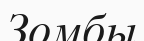
Зомбы